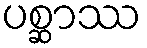
ပစ္ဆာဿ